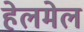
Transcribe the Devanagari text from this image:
हेलमेल